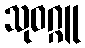
သုဝဂ္ဂူ